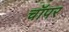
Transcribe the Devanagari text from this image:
चॉपर